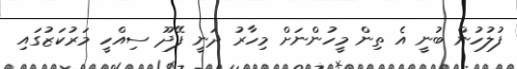
ފުލުހުން ބުނީ އެ ތިން މީހުންނަށް މިހާރު ދަނީ ފޭދޫ ސިއްހީ މަރުކަޒުގައި